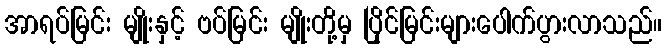
အာရပ်မြင်း မျိုးနှင့် ဗပ်မြင်း မျိုးတို့မှ ပြိုင်မြင်းများပေါက်ပွားလာသည်။